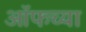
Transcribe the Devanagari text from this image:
ऑफच्या